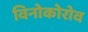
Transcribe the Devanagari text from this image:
विनोकोरोव